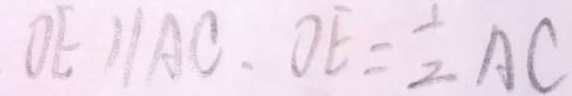
O E / / A C . O E = \frac { 1 } { 2 } A C